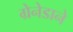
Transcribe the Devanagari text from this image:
ग्रेनेडाने